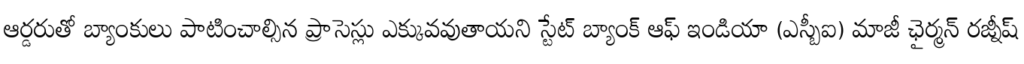
ఆర్డరుతో బ్యాంకులు పాటించాల్సిన ప్రాసెస్లు ఎక్కువవుతాయని స్టేట్ బ్యాంక్ ఆఫ్ ఇండియా (ఎస్బీఐ) మాజీ ఛైర్మన్ రజ్నీష్